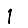
Digit: 1